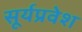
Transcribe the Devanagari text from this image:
सूर्यप्रवेश